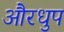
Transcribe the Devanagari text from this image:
औरधुप